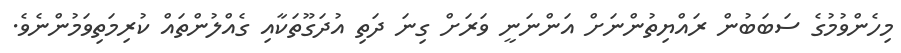
މިހެންވުމުގެ ސަބަބުން ރައްޔިތުންނަށް އަންނަނީ ވަރަށް ގިނަ ދަތި އުދަގޫތަކާއި ގެއްލުންތައް ކުރިމަތިވަމުންނެވެ.